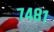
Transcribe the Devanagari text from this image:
७४८१